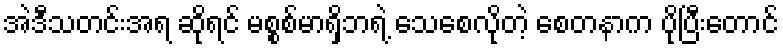
အဲဒီသတင်းအရ ဆိုရင် မစ္စစ်မာရှိဘရဲ့ သေစေလိုတဲ့ စေတနာက ပိုပြီးတောင်